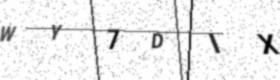
Text: WY7DIX